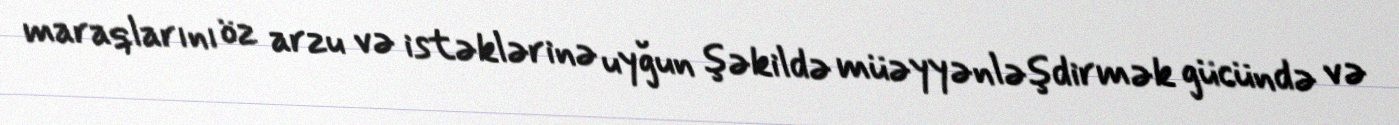
maraqlarını öz arzu və istəklərinə uyğun şəkildə müəyyənləşdirmək gücündə və